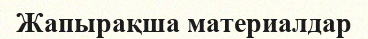
Жапырақша материалдар